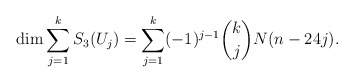
\begin{align*} \dim \sum_{j=1}^k S_3(U_j) = \sum_{j=1}^k (-1)^{j-1} \binom{k}{j} N(n-24j).\end{align*}